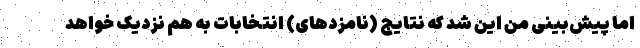
اما پیش‌بینی من این شد که نتایج (نامزدهای) انتخابات به هم نزدیک خواهد